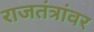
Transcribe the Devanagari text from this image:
राजतंत्रांवर